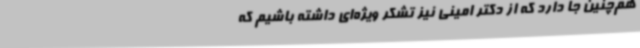
هم‌چنین جا دارد که از دکتر امینی نیز تشکر ویژه‌ای داشته باشیم که